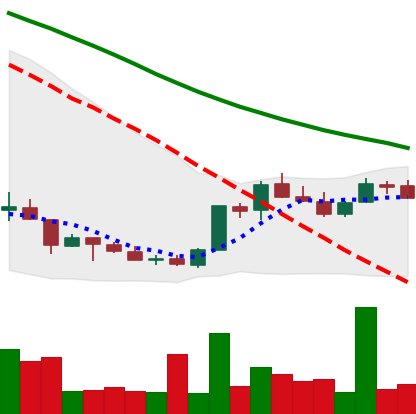
Ticker: LINK-USD
Chart end date: 2018-07-09
Forward return: -17.229%
Label: down_7plus